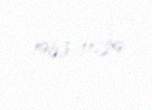
1963-11-29